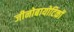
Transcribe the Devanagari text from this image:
जीनोबायोटिकों